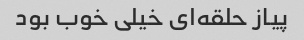
پیاز حلقه‌ای خیلی خوب بود